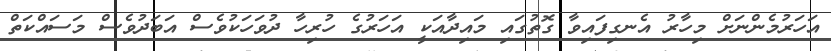
އަހަރުމެންނަށް މިހާރު އެނގިފައިވާ ގޮތުގައި މައިދާއަކީ އަހަރުގެ ހުރިހާ ދުވަހަކުވެސް އަބަދުވެސް މަސައްކަތް